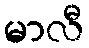
မာလီ